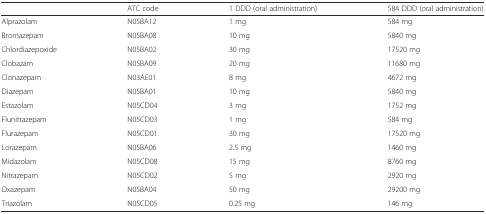
|  | ATC code | 1 DDD (oral administration) | 584 DDD (oral administration) |
 | --- | --- | --- | --- |
 | Alprazolam | N05BA12 | 1 mg | 584 mg |
 | Bromazepam | N05BA08 | 10 mg | 5840 mg |
 | Chlordiazepoxide | N05BA02 | 30 mg | 17520 mg |
 | Clobazam | N05BA09 | 20 mg | 11680 mg |
 | Clonazepam | N03AE01 | 8 mg | 4672 mg |
 | Diazepam | N05BA01 | 10 mg | 5840 mg |
 | Estazolam | N05CD04 | 3 mg | 1752 mg |
 | Flunitrazepam | N05CD03 | 1 mg | 584 mg |
 | Flurazepam | N05CD01 | 30 mg | 17520 mg |
 | Lorazepam | N05BA06 | 2.5 mg | 1460 mg |
 | Midazolam | N05CD08 | 15 mg | 8760 mg |
 | Nitrazepam | N05CD02 | 5 mg | 2920 mg |
 | Oxazepam | N05BA04 | 50 mg | 29200 mg |
 | Triazolam | N05CD05 | 0.25 mg | 146 mg |